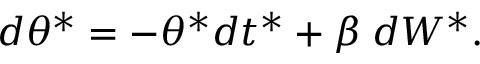
d \theta ^ { * } = - \theta ^ { * } d t ^ { * } + \beta \; d W ^ { * } .